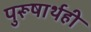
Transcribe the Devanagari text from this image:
पुरूषार्थही